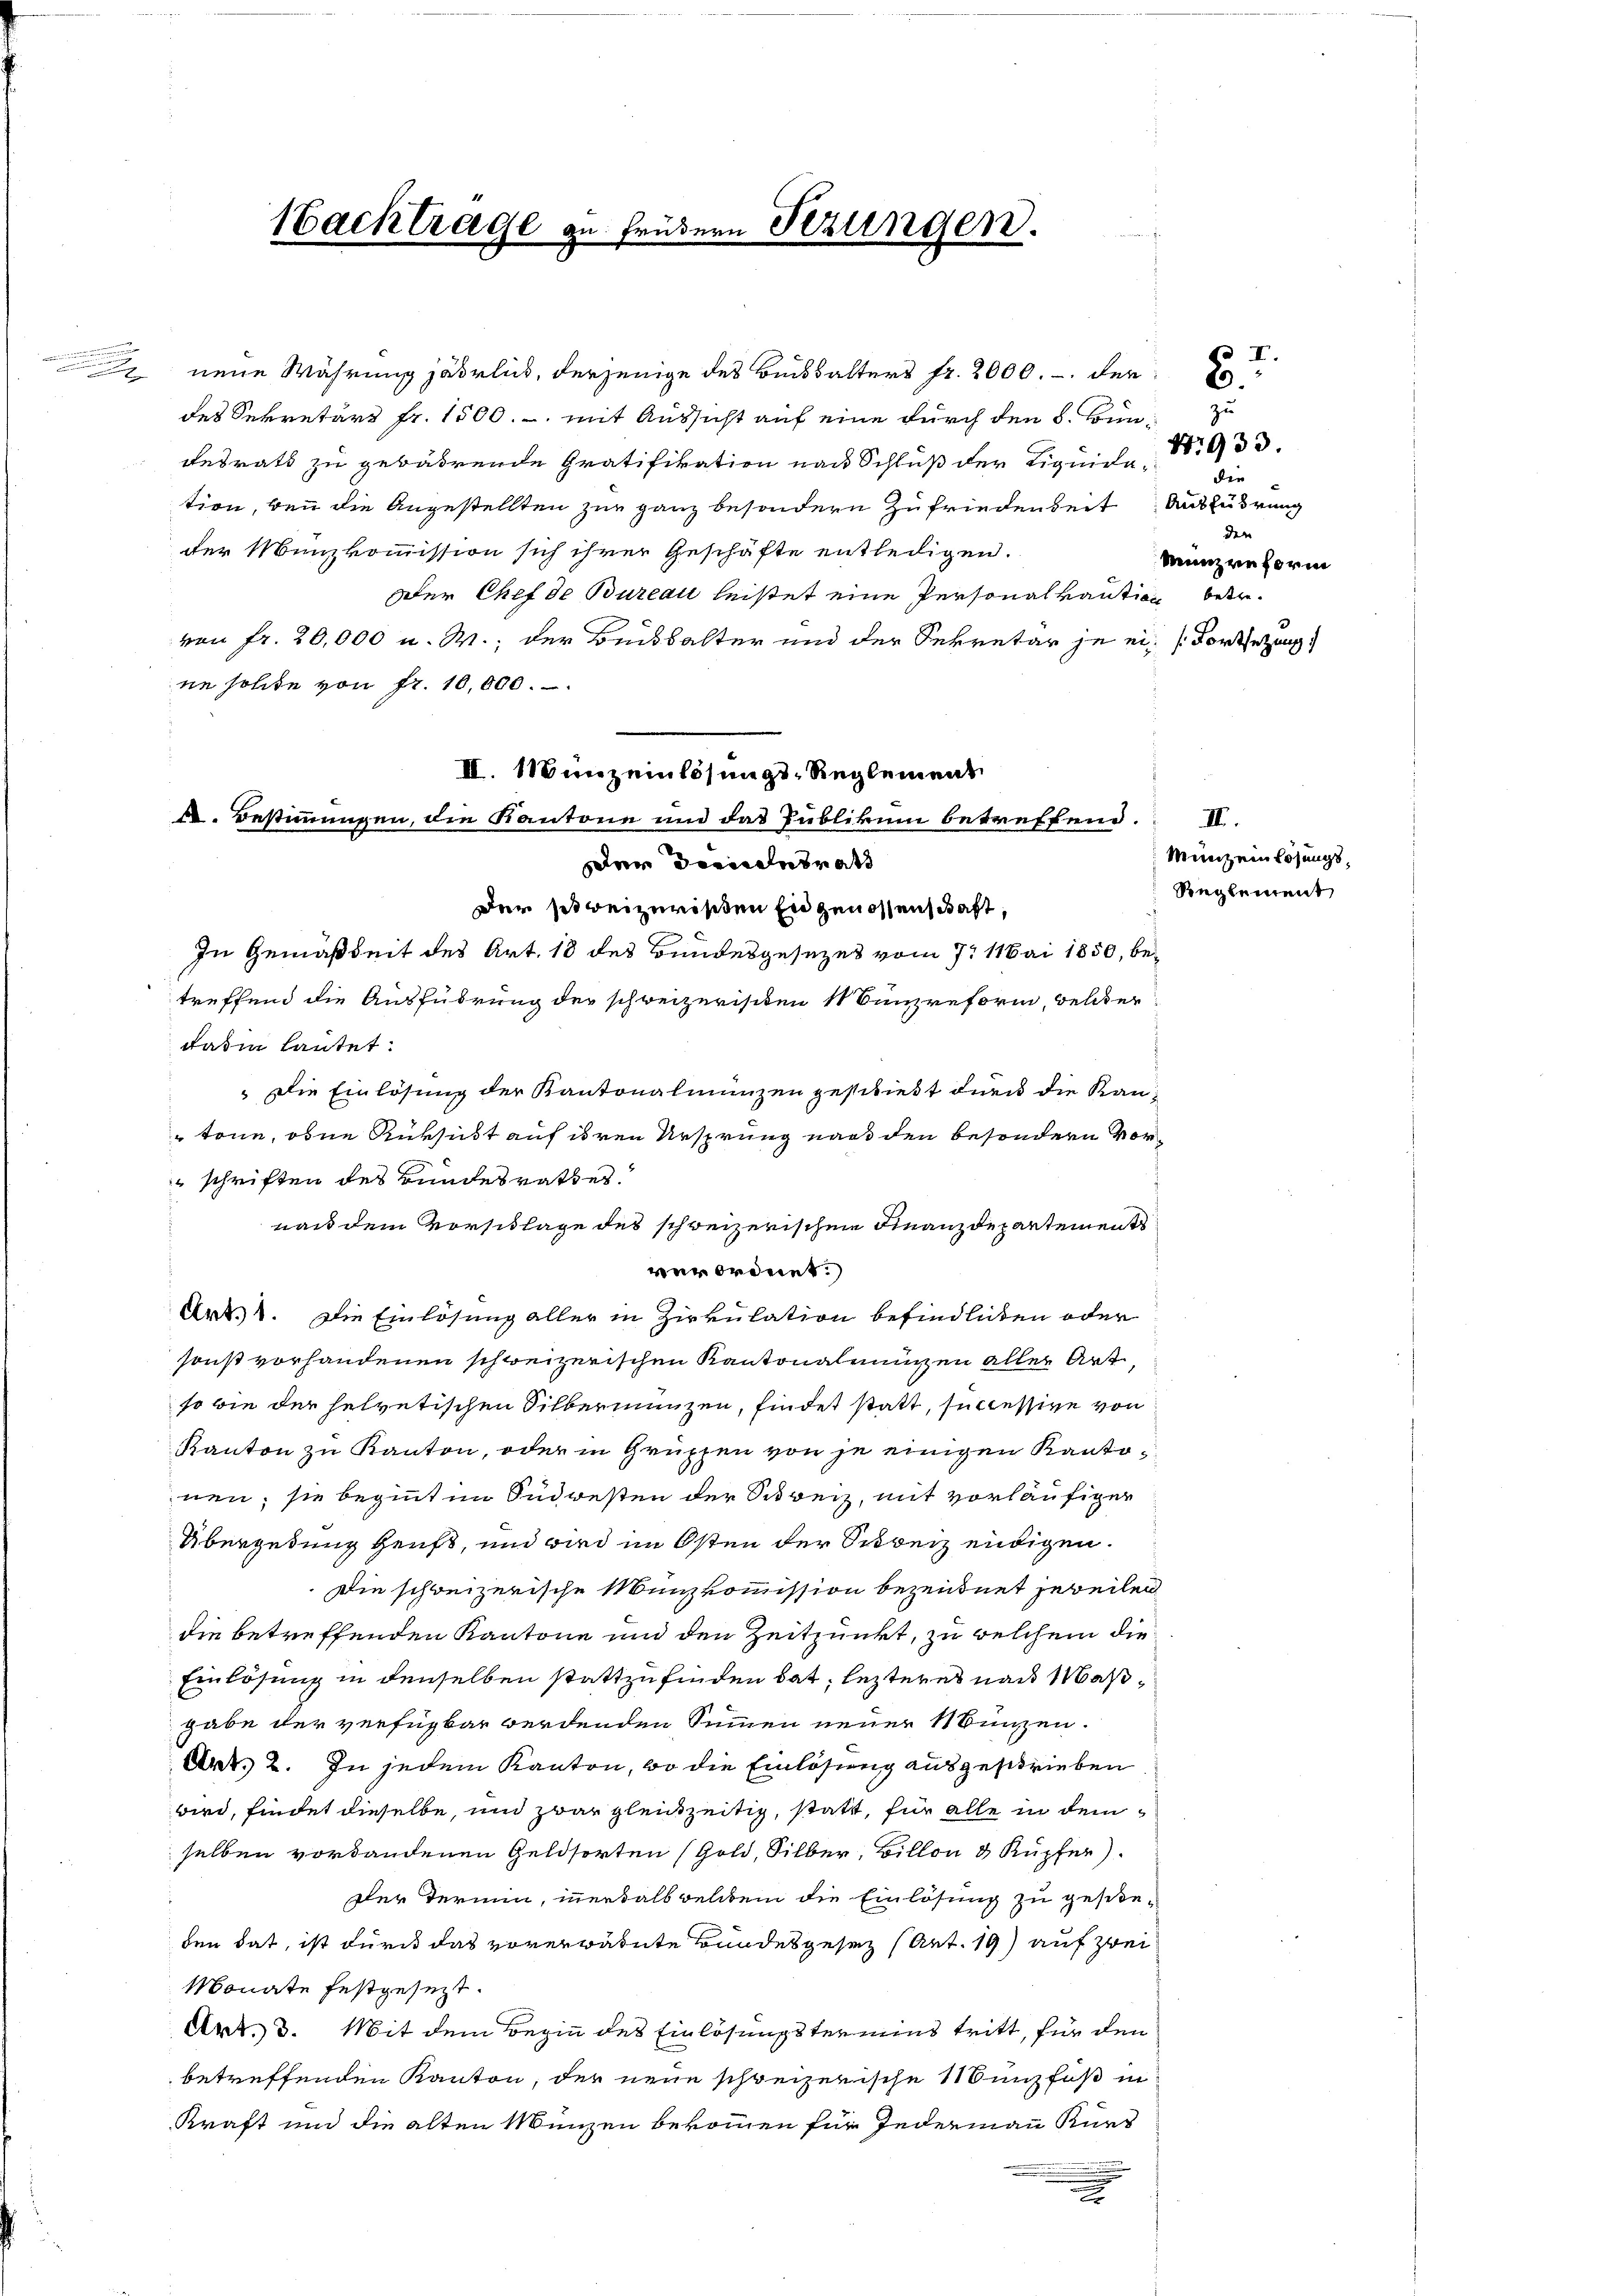
des Sekretärs Fr. 1500.-. mit Aussicht auf eine durch den 8. Bündesrats zu gewährende Gratifikation nach Schluß der Liquiele 1933.
tion, bei die Angestellten zur ganz besondern Zufriedenseit Ausführung
der Münzkommission sich ihrer Geschäfte entledigen.
Der Chef de Bureau leistet eine Personalkaution beervon Fr. 20,000 u. W., der Beidbalter und der Sekretär je ein Fortsetzung
ne solte von fr. 10,000.
Der sit beizuristen Eidgenossenschaft,
In Gemäßheit des Art. 18 des Bundesgesezes vom 7. Mai 1850, betreffend die Ausführung der schweizerischen 1 Bünzreform, Felder
daßin lautet:
 Die Einlösung der Kantonalmunzen geschießt durch die Kan¬
 töne, ohne Rüksicht auf ihren Ursprung nach den besondern vor¬
" schriften des Bundesrathes.
nach dem Vorschlage des schweizerischen Finanzdepartements
verordnet.
Art. 8. Die Einlösung aller in Zirkulation befindlichen oder
sonst vorhandenen schweizerischen Kantonalmünzen aller Art
so bin der helvetischen Silbermanzen, findet statt, successive von
Kanton zu Kanton, oder in Gruppen von je einigen Kantonen; sie beginnt in Südwesten der Schweiz, mit vorläufiger
Übergedung Heuft, und wird im Osten der Schweiz endigen.
Die schweizerische Menzkommission bezeichnet jeweilen
die betreffenden Kantone und den Zeitpunkt, zu welchem die
Einlösung in denselben stattzufinden hat, lezteres nach Maßgabe der verfügbar werdenden Summen neuer Münzen.
Art. 2. In jedem Kanton, wo die Einlösung ausgeschrieben
wird, findet dieselbe, und zwar gleichzeitig, statt, für alle in dem
selben vorhandenen Geldsorten (Gold, Silber, Billon & Kupfer).
Der Termin, innerhalb welchem die Einlösung zu gescheben hat, ist durch das vorerwähnte Bundesgesez (Art. 19) auf zwei
Monate festgesezt.
Art. 3. Mit dem Beginn des Einlösungstermins tritt, für den
betreffenden Kanton, der neue schweizerische Münzfuß in
Kraft und die alten Münzen bekommen für Jedermann Kurs
x

II. Minz einlösungs-Reglement
k. Bestimmungen, die Kantone und das Publikum betreffend. II.
er daruntrath

Nacktrage zu frühern Sezungen.

neue Währung jährlich, derjenige des Beibbalters fr. 2000.- der

die
der
Münzreform

Münz einlösungs¬
Reglement